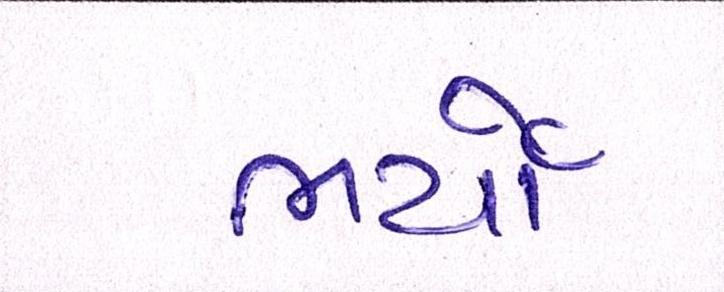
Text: ભર્યો